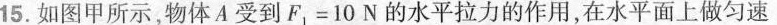
15.如图甲所示，物体A受到F_{1}=10N的水平拉力的作用，在水平面上做匀速